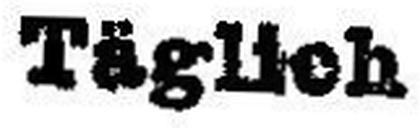
Täglich